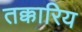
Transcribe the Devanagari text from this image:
तक्कारिय